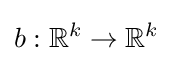
b:\mathbb {R} ^{k}\to \mathbb {R} ^{k}